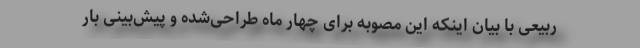
ربیعی با بیان اینکه این مصوبه برای چهار ماه طراحی‌شده و پیش‌بینی بار